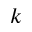
k